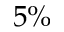
5 \%